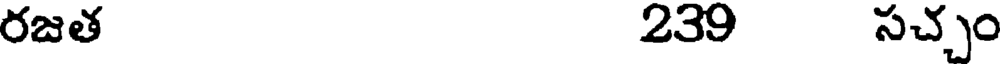
రజత 239 సచ్చం